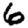
Digit: 6